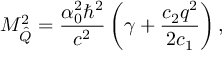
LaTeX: M _ { \hat { Q } } ^ { 2 } = \frac { \alpha _ { 0 } ^ { 2 } \hbar ^ { 2 } } { c ^ { 2 } } \left( \gamma + \frac { c _ { 2 } q ^ { 2 } } { 2 c _ { 1 } } \right) ,